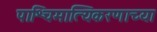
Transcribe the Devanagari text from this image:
पाश्चिमात्यिकरणाच्या